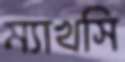
ম্যাখসি